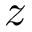
z